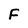
Character: F